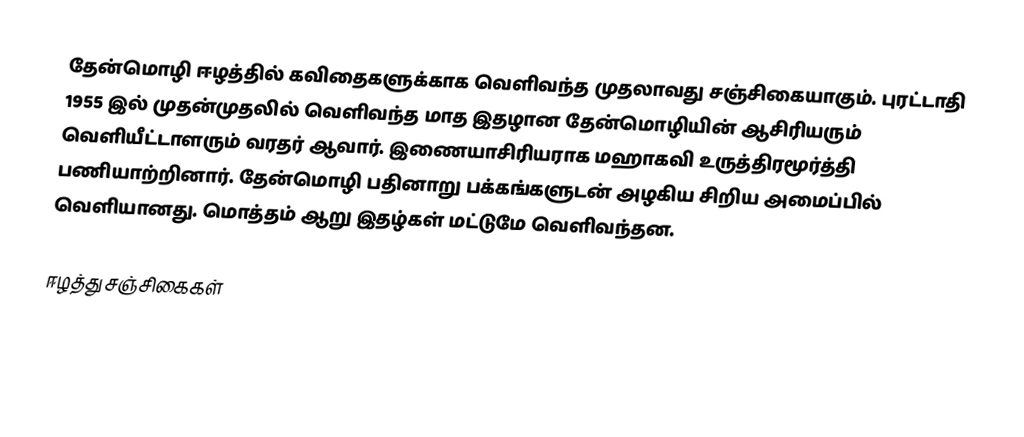
தேன்மொழி ஈழத்தில் கவிதைகளுக்காக வெளிவந்த முதலாவது சஞ்சிகையாகும். புரட்டாதி 1955 இல் முதன்முதலில் வெளிவந்த மாத இதழான தேன்மொழியின் ஆசிரியரும் வெளியீட்டாளரும் வரதர் ஆவார். இணையாசிரியராக மஹாகவி உருத்திரமூர்த்தி பணியாற்றினார். தேன்மொழி பதினாறு பக்கங்களுடன் அழகிய சிறிய அமைப்பில் வெளியானது. மொத்தம் ஆறு இதழ்கள் மட்டுமே வெளிவந்தன.

ஈழத்து சஞ்சிகைகள்